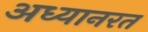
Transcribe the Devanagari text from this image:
अध्यानरत